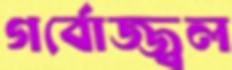
গর্বোজ্জ্বল